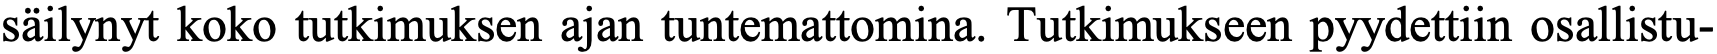
säilynyt koko tutkimuksen ajan tuntemattomina. Tutkimukseen pyydettiin osallistu-